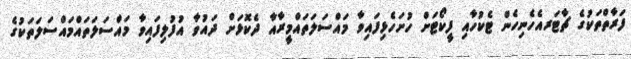
ފަރާތްތަކުގެ ޗާޓަރއެހެނިހެން ޓެކުހާއި ފީކޯޓަށް ހުށަހެޅިފައިވާ މައްސަލަތައްމީރާއާ ދެކޮޅަށް ދައުވާ އުފުލިފައިވާ މައްސަލަތައްމައްސަލަތަކުގެ